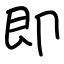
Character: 即